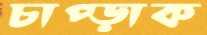
চাপ্‌ড়াক